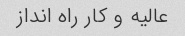
عالیه و کار راه انداز